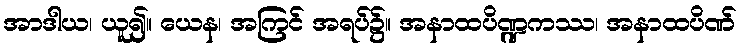
အာဒါယ၊ ယူ၍။ ယေန၊ အကြင် အရပ်၌။ အနာထပိဏ္ဍကဿ၊ အနာထပိဏ်